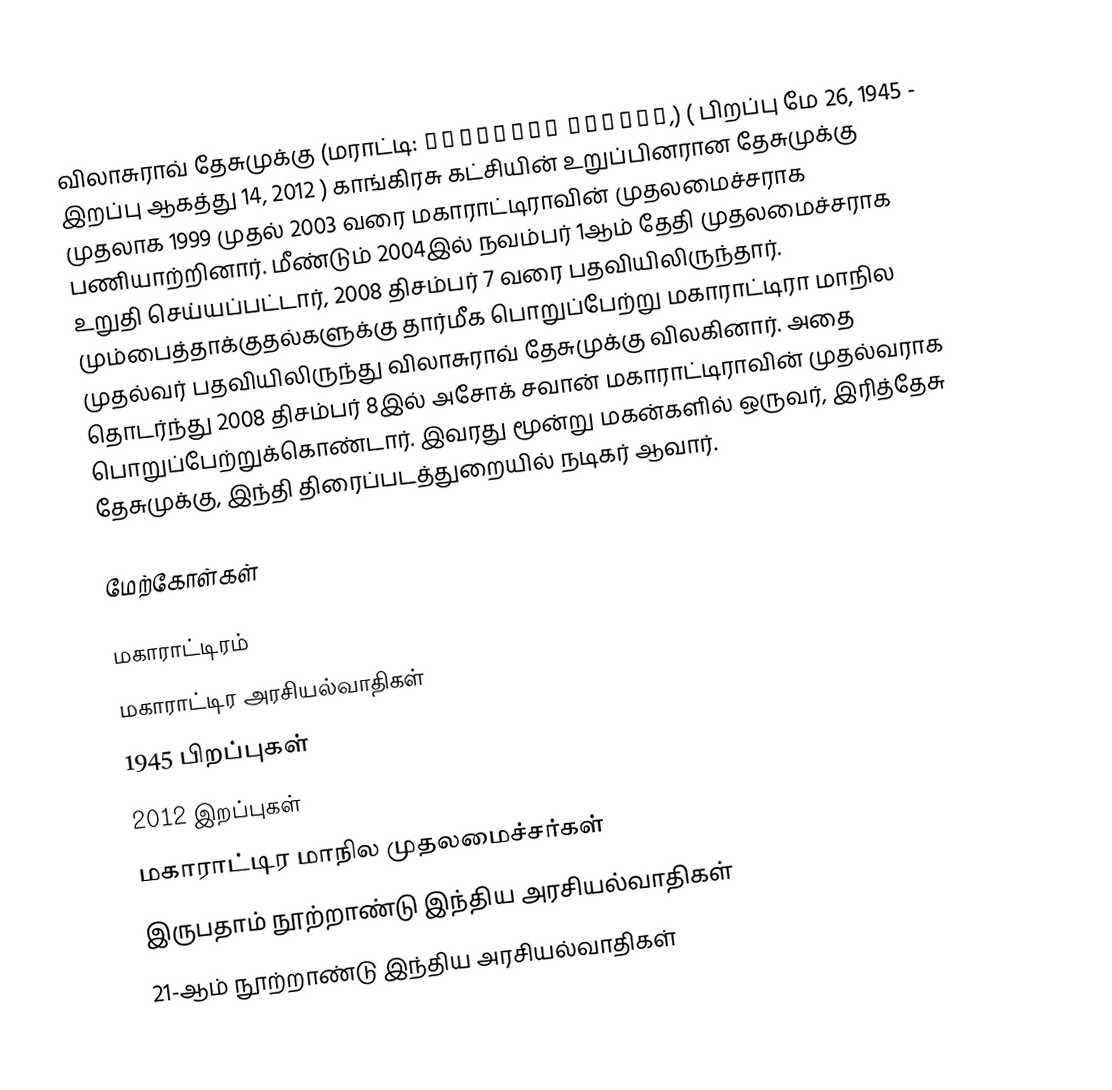
விலாசுராவ் தேசுமுக்கு (மராட்டி: विलासराव देशमुख,) ( பிறப்பு மே 26, 1945 - இறப்பு ஆகத்து 14, 2012 ) காங்கிரசு கட்சியின் உறுப்பினரான தேசுமுக்கு முதலாக 1999 முதல் 2003 வரை மகாராட்டிராவின் முதலமைச்சராக பணியாற்றினார். மீண்டும் 2004இல் நவம்பர் 1ஆம் தேதி முதலமைச்சராக உறுதி செய்யப்பட்டார், 2008 திசம்பர் 7 வரை பதவியிலிருந்தார். மும்பைத்தாக்குதல்களுக்கு தார்மீக பொறுப்பேற்று மகாராட்டிரா மாநில முதல்வர் பதவியிலிருந்து விலாசுராவ் தேசுமுக்கு விலகினார்.  அதை தொடர்ந்து 2008 திசம்பர் 8இல் அசோக் சவான் மகாராட்டிராவின் முதல்வராக பொறுப்பேற்றுக்கொண்டார். இவரது மூன்று மகன்களில் ஒருவர், இரித்தேசு தேசுமுக்கு, இந்தி திரைப்படத்துறையில் நடிகர் ஆவார்.

மேற்கோள்கள்

மகாராட்டிரம்
மகாராட்டிர அரசியல்வாதிகள்
1945 பிறப்புகள்
2012 இறப்புகள்
மகாராட்டிர மாநில முதலமைச்சர்கள்
இருபதாம் நூற்றாண்டு இந்திய அரசியல்வாதிகள்
21-ஆம் நூற்றாண்டு இந்திய அரசியல்வாதிகள்